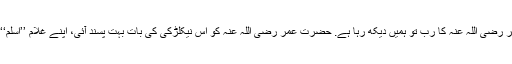
اگر عمر رضی اللہ عنہ ہمیں نہیں دیکھ رہا تو عمر رضی اللہ عنہ کا رب تو ہمیں دیکھ رہا ہے. حضرت عمر رضی اللہ عنہ کو اس نیکلڑکی کی بات بہت پسند آئی، اپنے غلام ’’اسلم‘‘ کو جو اس وقت ان کے ہراہ تھے فرمایا اے اسلم!